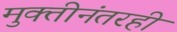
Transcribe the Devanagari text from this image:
मुक्तीनंतरही